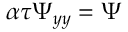
\alpha \tau \Psi { } _ { y y } = \Psi